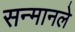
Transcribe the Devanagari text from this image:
सन्मानले